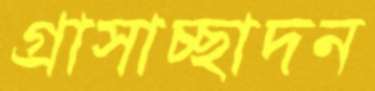
গ্রাসাচ্ছাদন